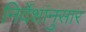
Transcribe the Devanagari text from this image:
निर्देशांनुसार